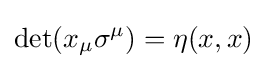
\det(x_{\mu }\sigma ^{\mu })=\eta (x,x)